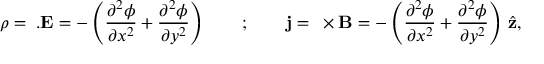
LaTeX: \rho = { \bf \nabla } . { \bf E } = - \left( { \frac { \partial ^ { 2 } \phi } { \partial x ^ { 2 } } } + { \frac { \partial ^ { 2 } \phi } { \partial y ^ { 2 } } } \right) \qquad ; \qquad { \bf j } = { \bf \nabla } \times { \bf B } = - \left( { \frac { \partial ^ { 2 } \phi } { \partial x ^ { 2 } } } + { \frac { \partial ^ { 2 } \phi } { \partial y ^ { 2 } } } \right) \, { \hat { \bf z } } ,